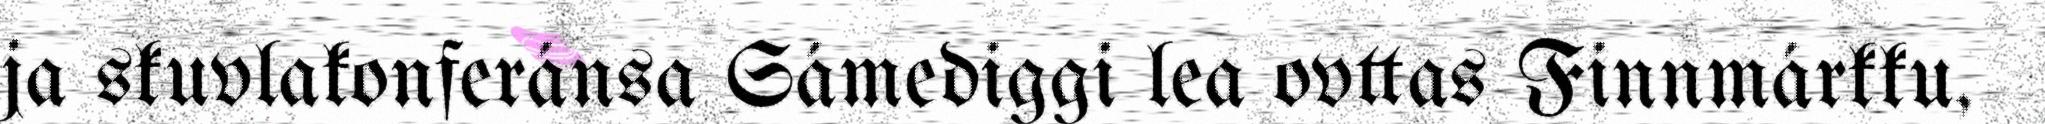
ja skuvlakonferánsa Sámediggi lea ovttas Finnmárkku,